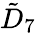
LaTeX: {\tilde{D}}_{7}